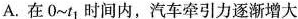
A.在0~t_{1}时间内，汽车牵引力逐渐增大